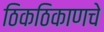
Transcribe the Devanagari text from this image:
ठिकठिकाणचे